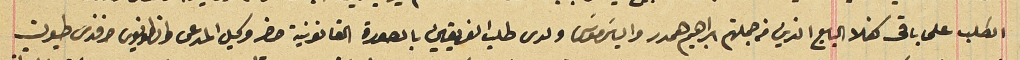
الطلب على باقى كفلا البايع الذي من جملتهم ابراهيم همدر والياسَ موسَى ولدى طلب الفريقين بالصورة القانونية حضر وكيل المدعى وانطونيوس افندى طيون